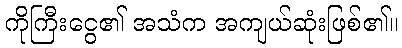
ကိုကြီးငွေ၏ အသံက အကျယ်ဆုံးဖြစ်၏။